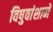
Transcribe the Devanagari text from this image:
विषुवांशाने